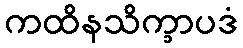
ကထိနသိက္ခာပဒံ